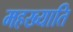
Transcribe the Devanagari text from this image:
महख्याति